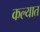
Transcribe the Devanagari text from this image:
कल्यात